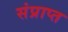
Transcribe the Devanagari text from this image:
संप्राप्त